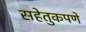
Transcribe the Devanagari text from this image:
सहेतुकपणे